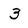
Character: 3